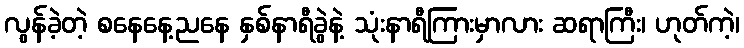
လွန်ခဲ့တဲ့ စနေနေ့ညနေ နှစ်နာရီခွဲနဲ့ သုံးနာရီကြားမှာလား ဆရာကြီး၊ ဟုတ်ကဲ့၊